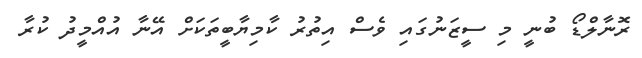
ރޮނާލްޑޯ ބުނީ މި ސީޒަނުގައި ވެސް އިތުރު ކާމިޔާބީތަކަށް އޭނާ އުއްމީދު ކުރާ